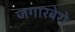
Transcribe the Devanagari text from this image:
जगारबेरो